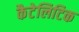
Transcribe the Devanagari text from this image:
कैटेलिटिक